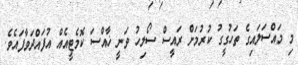
މި މައްސަލައިގެ ތަހުގީގު ކުރުމަށް ރައީސް ސޯލިހު ވަނީ ޚާއްސަ ކޮމެޓީއެއް އުފައްދަވާފައެވެ.